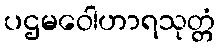
ပဌမဝေါဟာရသုတ္တံ